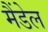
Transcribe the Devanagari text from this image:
मैंडेल